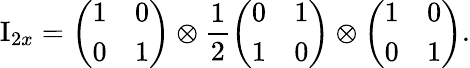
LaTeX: \mathrm{I}_{2x}=\left(\begin{array}{ll}{1}&{0}\\ {0}&{1}\end{array}\right)\otimes\frac{1}{2}\left(\begin{array}{ll}{0}&{1}\\ {1}&{0}\end{array}\right)\otimes\left(\begin{array}{ll}{1}&{0}\\ {0}&{1}\end{array}\right).